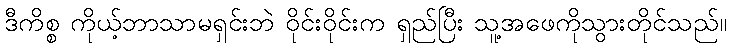
ဒီကိစ္စ ကိုယ့်ဘာသာမရှင်းဘဲ ဝိုင်းဝိုင်းက ရှည်ပြီး သူ့အဖေကိုသွားတိုင်သည်။